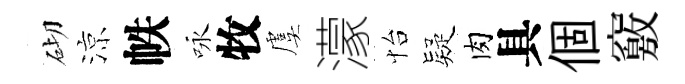
砌涼帙咏牧虞濛怡疑肉具個竅